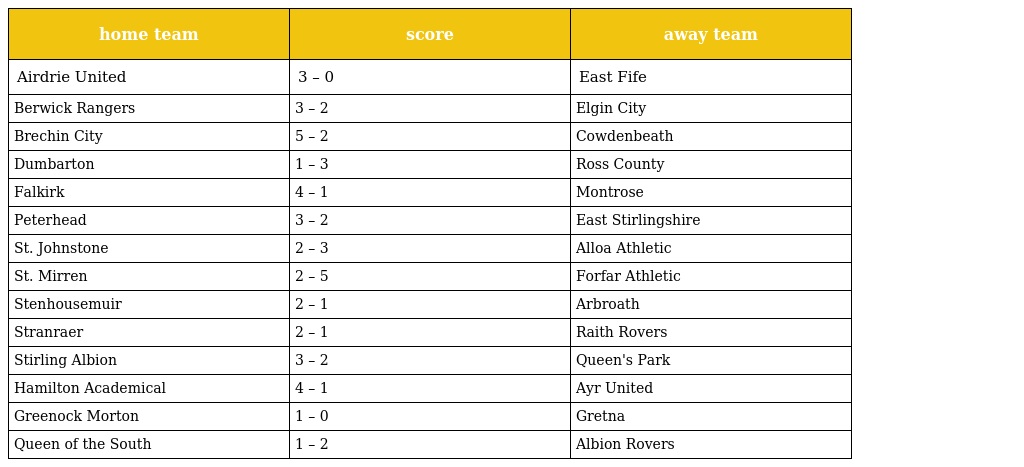
| home team | score | away team |
 | --- | --- | --- |
 | Airdrie United | 3 – 0 | East Fife |
 | Berwick Rangers | 3 – 2 | Elgin City |
 | Brechin City | 5 – 2 | Cowdenbeath |
 | Dumbarton | 1 – 3 | Ross County |
 | Falkirk | 4 – 1 | Montrose |
 | Peterhead | 3 – 2 | East Stirlingshire |
 | St. Johnstone | 2 – 3 | Alloa Athletic |
 | St. Mirren | 2 – 5 | Forfar Athletic |
 | Stenhousemuir | 2 – 1 | Arbroath |
 | Stranraer | 2 – 1 | Raith Rovers |
 | Stirling Albion | 3 – 2 | Queen's Park |
 | Hamilton Academical | 4 – 1 | Ayr United |
 | Greenock Morton | 1 – 0 | Gretna |
 | Queen of the South | 1 – 2 | Albion Rovers |